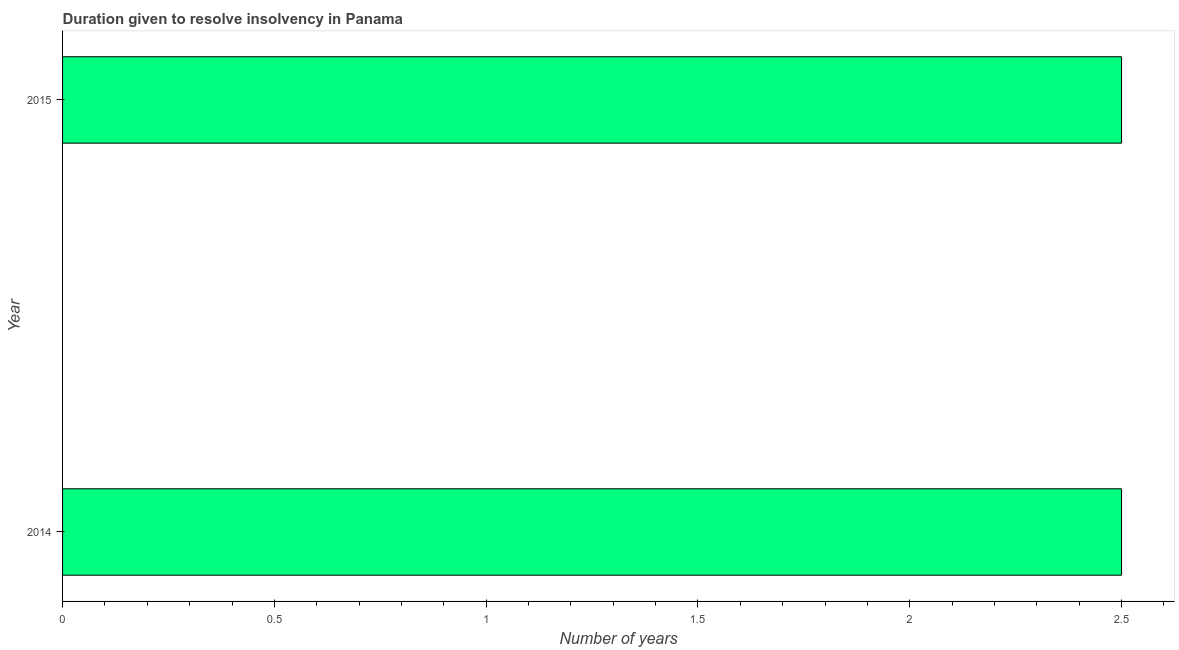
| Year | Resolve insolvency |
 | --- | --- |
 | 2014 | 2.5 |
 | 2015 | 2.5 |